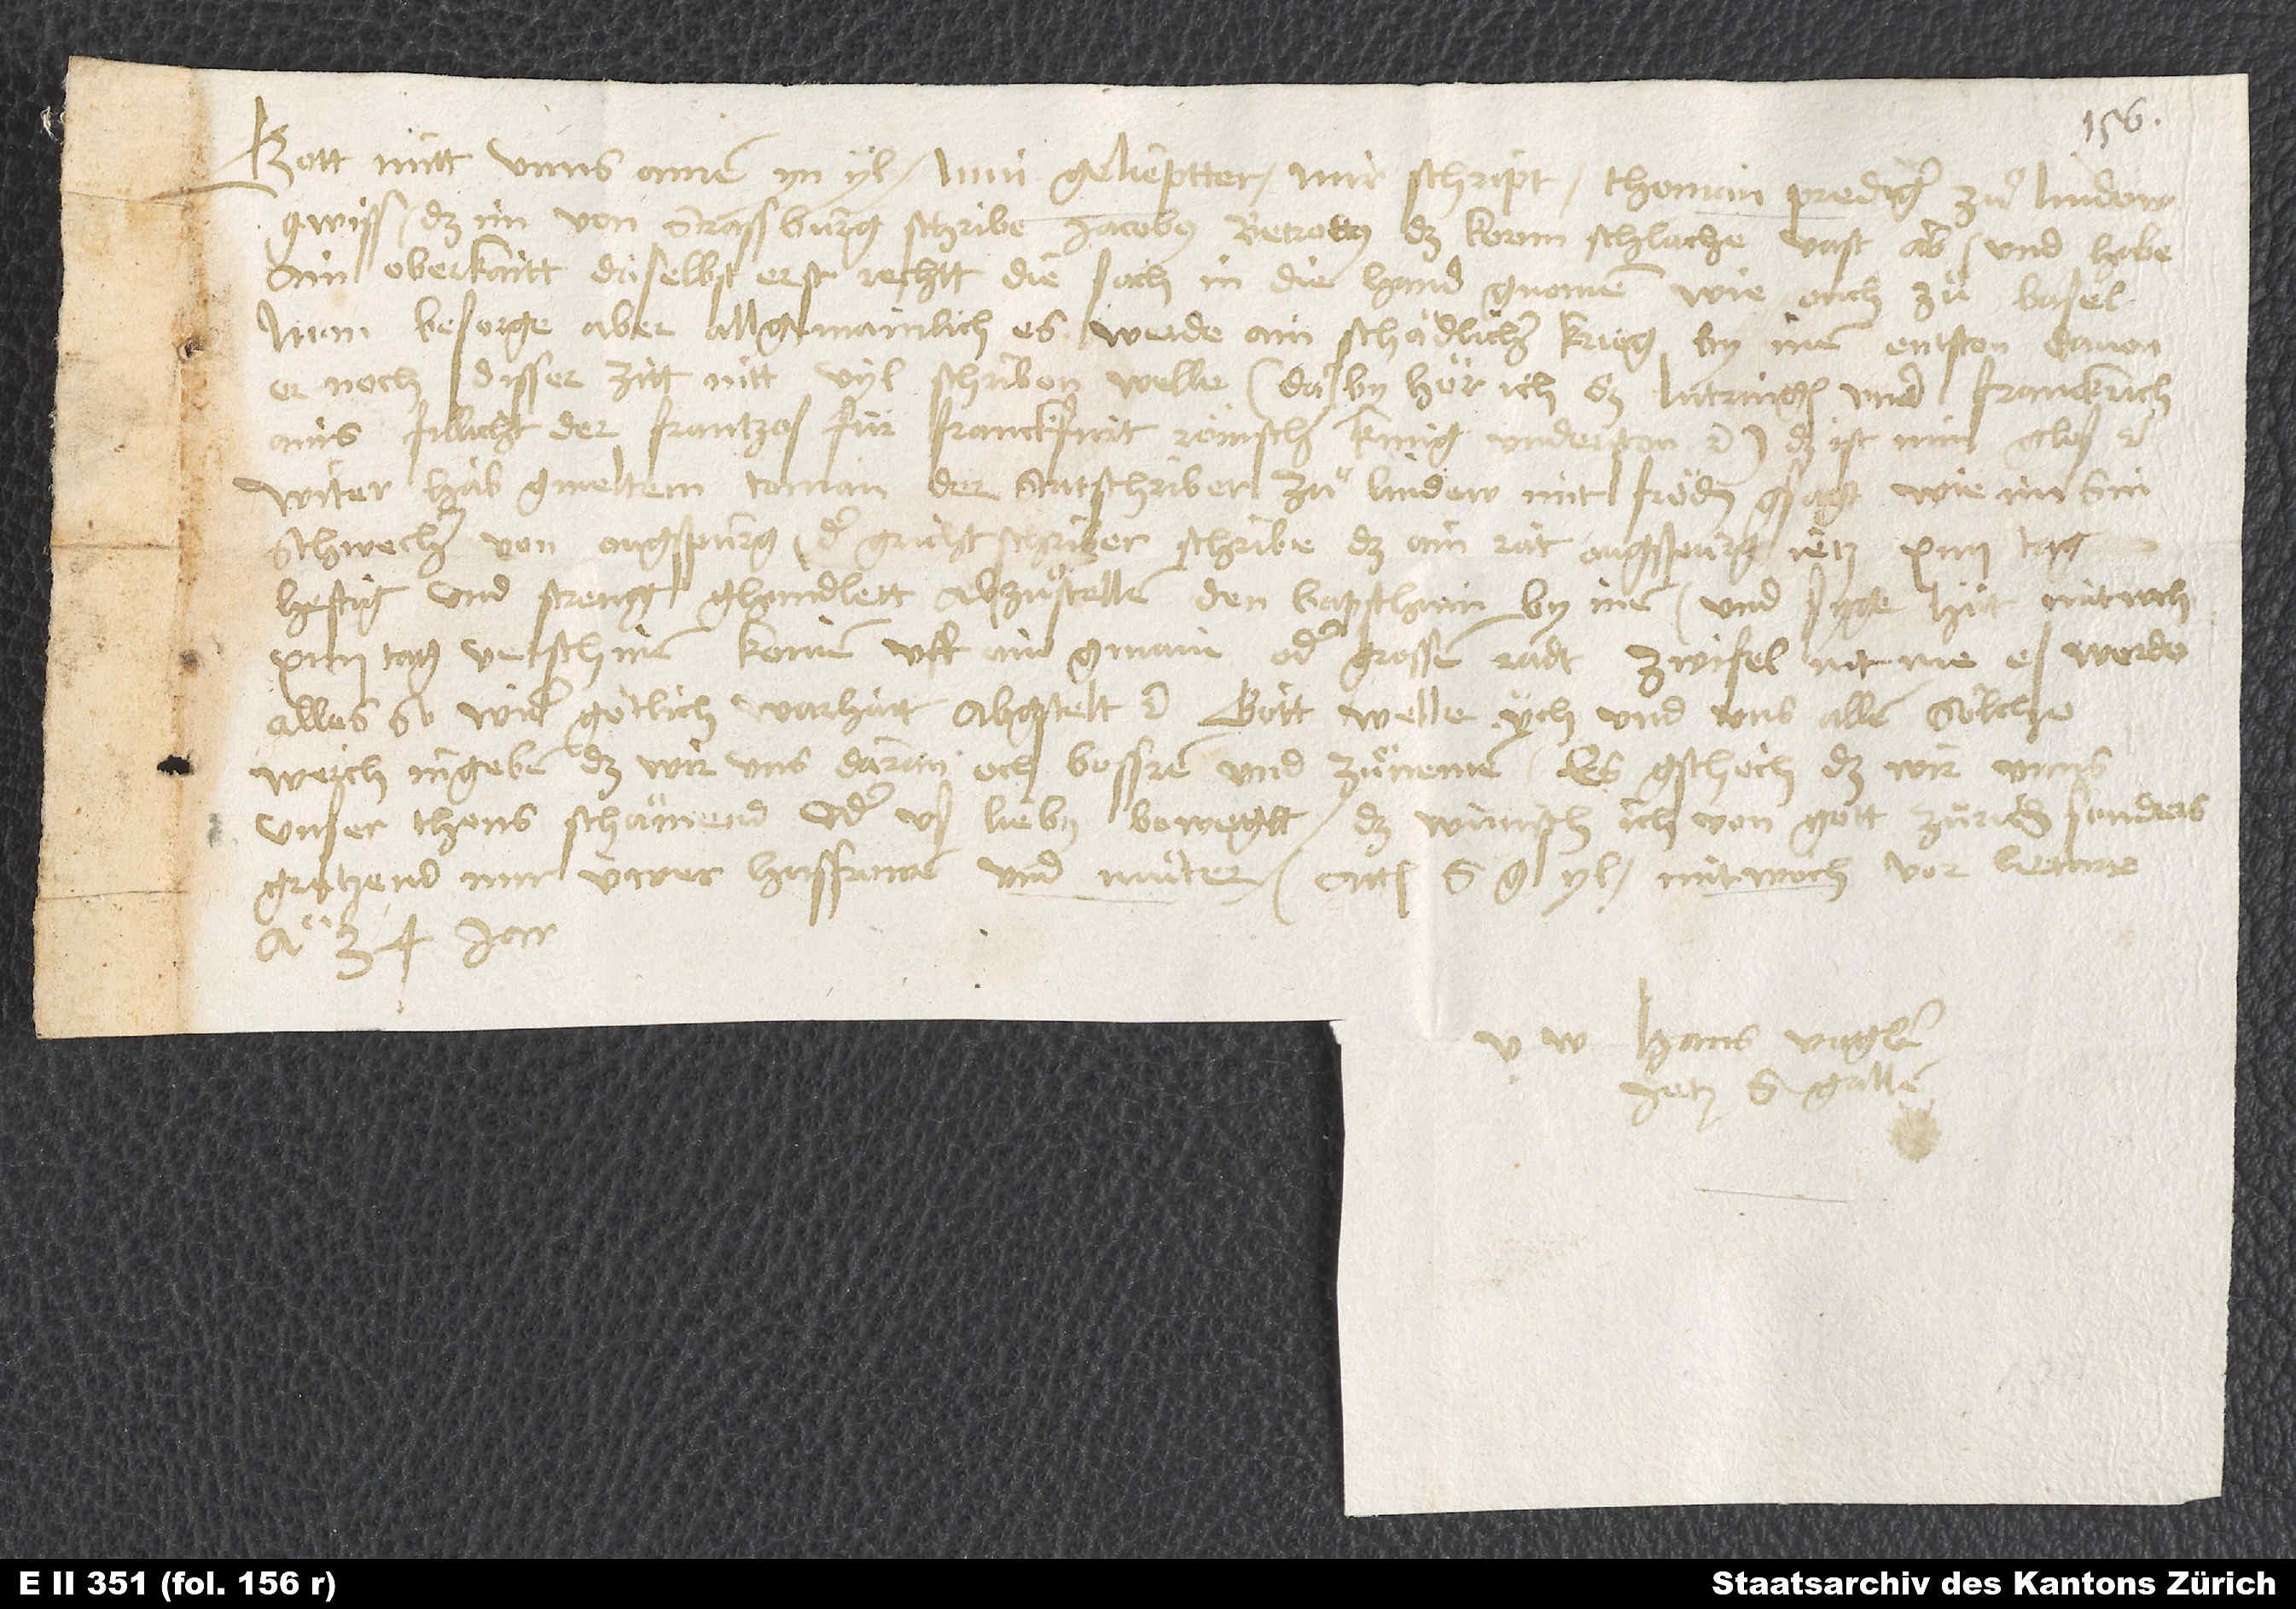
S.

Gott mitt unns. Amen. Yn yl. Min gelieptter, mir schript Thoman, prediger zuͦ Lindow,
gewiss, daß im von Strassburg schribe Jacobus Betrottus, das kornn schlache vast ab, und habe
ain oberkaitt daselbst erst rechtt die sach in die hand gnomen, wie ouch zuͦ Basel.
Man besorge aber allgemainlich, es werde ain schädlicher krieg by inen entston, davon
er noch disser zitt nitt vyl schriben welle. (Darby hör ich, daß Lutringen und Franckrich
ains, fillicht der Frantzos für Franckfurt römschen küng underston etc.) Das ist ein glos etc.
Witer hab gmeltem Toman der statschriber zuͦ Lindow mit fröden gsagt, wie im sin
schwecher von Ougspurg, der grichtschriber, schribe, daß ain rat Ougspurg jetz 14 tag
heftig und streng ghandlett, abzuͦstellen den bapsthum by inen, und syge hüt mitwoch
14 tag verschinen komen uff ain gmain oder grossen radt. Zwifel nit me, es werde
alles, so wider götlich warhait, abgstelt etc. Gott welle üch und uns allen sölche
werch ingeben, daß wir uns daran och bessren und zuͦnemen. Es gschech, daß wir unns
unser thons schämend oder us lieby bewegtt. Das wünsch ich von gott, Zürich sonders.
Gruͤtzend mir üwer husfrowen und muͦter. Actum S. G, yl, mitwoch vor letare
anno 34 jar.
Hans Vogler,